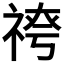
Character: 𥚓